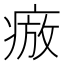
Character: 𭼕